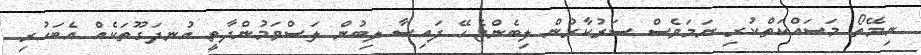
ނިމޭތޯ މަސައްކަތްކުރި ނަމަވެސް ސަރުކާރުން ލިބެންޖެހޭ ފައިސާ ލިބުން ލަސްވަމުންދާތީ އުނދަގޫތަކެއް އެބަހުރި